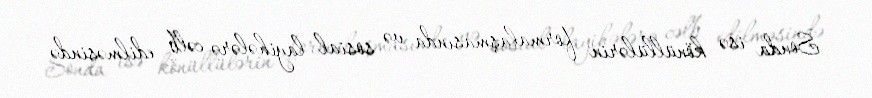
Sonda isə könüllülərin formalaşmasında və sosial layihələrə cəlb edilməsində